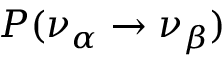
P ( \nu _ { \alpha } \rightarrow \nu _ { \beta } )